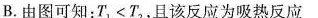
B.由图可知：$$T _ { 1 } < T _ { 2 }$$，且该反应为吸热反应